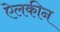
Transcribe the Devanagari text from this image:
ऐलकीन